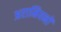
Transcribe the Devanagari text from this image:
अरामियनों